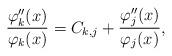
LaTeX: \begin{align*}\frac{\varphi_k''(x)}{\varphi_k(x)}=C_{k,j} +\frac{\varphi_j''(x)}{\varphi_j(x)},\end{align*}